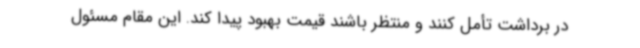
در برداشت تأمل کنند و منتظر باشند قیمت بهبود پیدا کند. این مقام مسئول